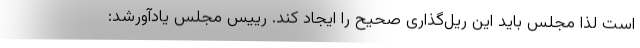
است لذا مجلس باید این ریل‌گذاری صحیح را ایجاد کند. رییس مجلس یادآورشد: